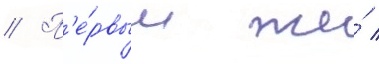
// П'е́рвым же́ /